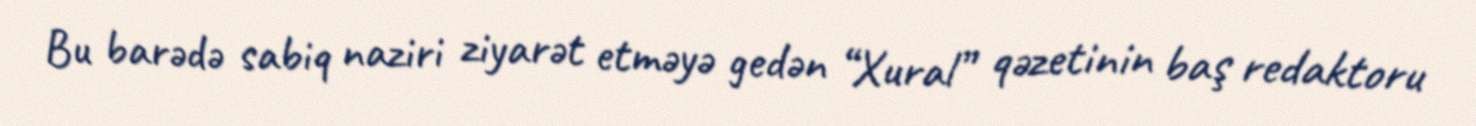
Bu barədə sabiq naziri ziyarət etməyə gedən “Xural” qəzetinin baş redaktoru